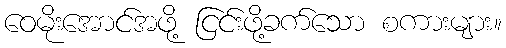
ဝေမိုးအောင်အဖို့ ငြင်းဖို့ခက်သော စကားများ။